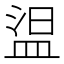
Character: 𰜕